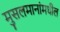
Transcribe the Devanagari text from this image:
मुसलमानांमधील